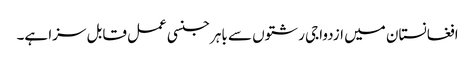
افغانستان میں ازدواجی رشتوں سے باہر جنسی عمل قابل سزا ہے۔